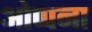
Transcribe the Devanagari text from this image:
ओप्पना